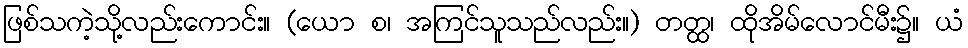
ဖြစ်သကဲ့သို့လည်းကောင်း။ (ယော စ၊ အကြင်သူသည်လည်း။) တတ္ထ၊ ထိုအိမ်လောင်မီး၌။ ယံ